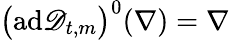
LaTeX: \bigl(\mathrm{ad}\mathscr{D}_{t,m}\bigr)^{0}(\nabla)=\nabla